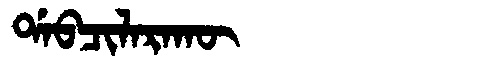
Manchu: ᡩᠠᠪᠴᡳᠯᠠᡵᠠᡴᡡ
Romanization: DABCILARAKŪ